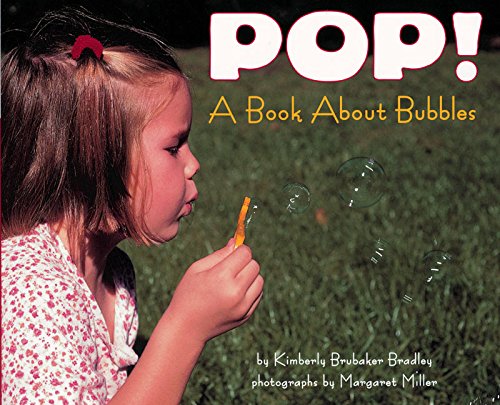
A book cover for Pop! A Book About Bubbles (Let's-Read-and-Find-Out Science, Stage 1); Kimberly Brubaker Bradley; Children's Books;